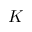
K